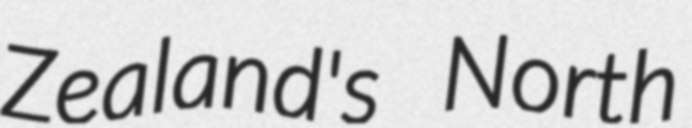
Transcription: Zealand's North